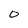
Character: 0